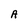
Character: A